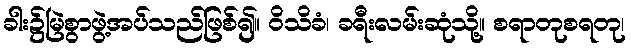
ခါး၌မြဲစွာဖွဲ့အပ်သည်ဖြစ်၍။ ဝိသိခံ၊ ခရီးလမ်းဆုံသို့။ စရာတုစရတု၊